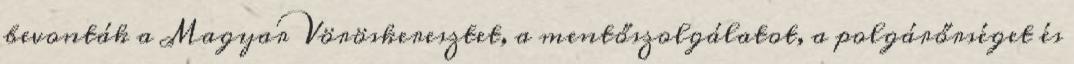
bevonták a Magyar Vöröskeresztet, a mentőszolgálatot, a polgárőrséget és